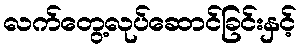
လက်တွေ့လုပ်ဆောင်ခြင်းနှင့်